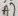
Text: A7